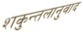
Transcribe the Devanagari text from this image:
शकुन्तलानुवाद